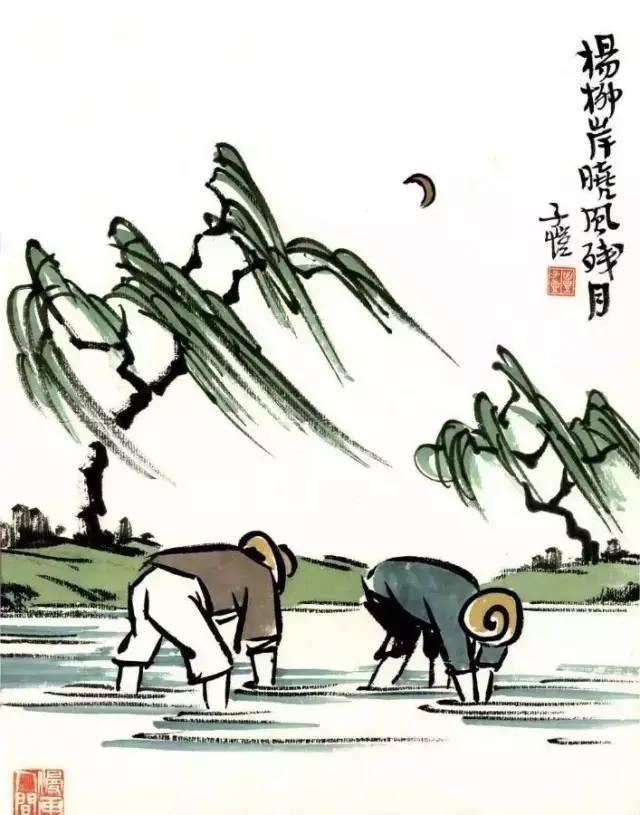
把酒对斜日，无语问西风。